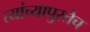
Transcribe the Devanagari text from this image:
त्यांच्यापुरतेच